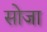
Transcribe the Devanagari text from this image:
सोजा